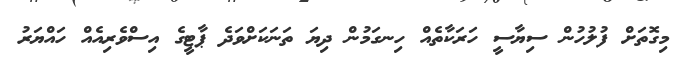
މިގޮތަށް ފުލުހުން ސިޔާސީ ހަރަކާތެއް ހިނގަމުން ދިޔަ ތަނަކަށްވަދެ ޕާޓީގެ އިސްވެރިއެއް ހައްޔަރު